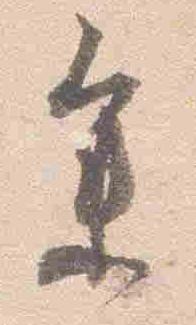
参